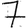
Digit: 7